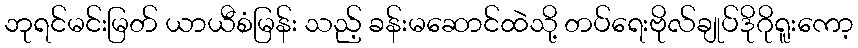
ဘုရင်မင်းမြတ် ယာယီစံမြန်း သည့် ခန်းမဆောင်ထဲသို့ တပ်ရေးဗိုလ်ချုပ်ဒိုဂိုရူးကော့